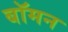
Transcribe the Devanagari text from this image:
बॉमन